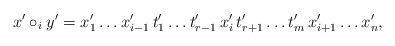
LaTeX: \begin{align*} x' \circ_i y' = x'_1 \dots x'_{i - 1} \, t'_1 \dots t'_{r - 1} \, x'_i \, t'_{r + 1} \dots t'_m \, x'_{i + 1} \dots x'_n, \end{align*}